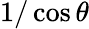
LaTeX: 1/\cos\theta